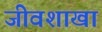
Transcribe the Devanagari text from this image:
जीवशाखा